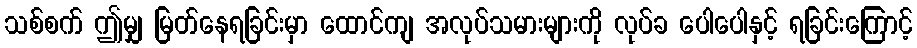
သစ်စက် ဤမျှ မြတ်နေရခြင်းမှာ ထောင်ကျ အလုပ်သမားများကို လုပ်ခ ပေါပေါနှင့် ရခြင်းကြောင့်